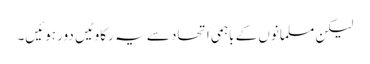
لیکن مسلمانوں کے باہمی اتحاد سے یہ رکاوٹیں دور ہوئیں۔